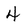
Character: 4